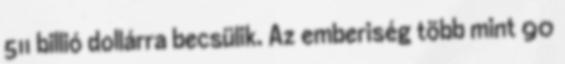
511 billió dollárra becsülik. Az emberiség több mint 90